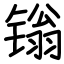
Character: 𬭩